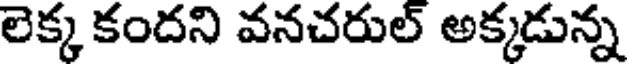
లెక్క కందని వనచరుల్ అక్కడున్న